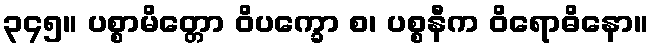
၃၄၅။ ပစ္စာမိတ္တော ဝိပက္ခော စ၊ ပစ္စနီက ဝိရောဓိနော။